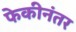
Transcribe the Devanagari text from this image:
फेकीनंतर